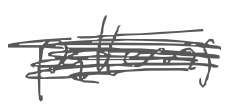
Text: patterns
Cross-out: mix
Writing tool: digital_gray